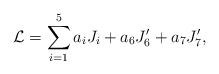
LaTeX: \begin{align*}{\cal L} = \sum_{i=1}^{5} a_i J_i+ a_6 J'_6 + a_7 J'_7,\end{align*}